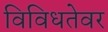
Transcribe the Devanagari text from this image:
विविधतेवर